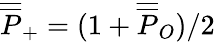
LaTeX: {\overline{{\overline{P}}}_{+}}=(1+{\overline{{\overline{P}}}_{O}})/2